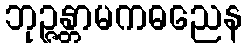
ဘုဉ္ဇန္တာမကဓညေန